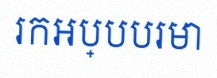
រកអប្បបរមា